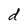
Character: d